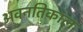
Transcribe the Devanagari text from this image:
अवनतिकाल